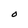
Character: O